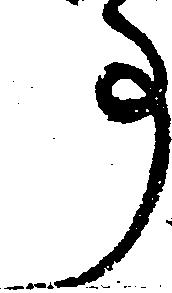
事